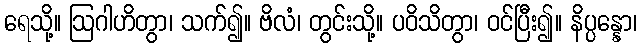
ရေသို့။ ဩဂါဟိတွာ၊ သက်၍။ ဗိလံ၊ တွင်းသို့။ ပဝိသိတွာ၊ ဝင်ပြီး၍။ နိပ္ပန္နော၊